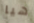
هيا